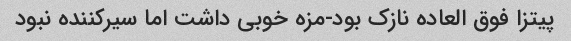
پیتزا فوق العاده نازک بود-مزه خوبی داشت اما سیرکننده نبود